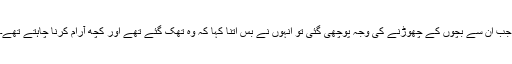
جب ان سے بچوں کے چھوڑنے کی وجہ پوچھی گئی تو انہوں نے بس اتنا کہا کہ وہ تھک گئے تھے اور کچھ آرام کرنا چاہتے تھے۔